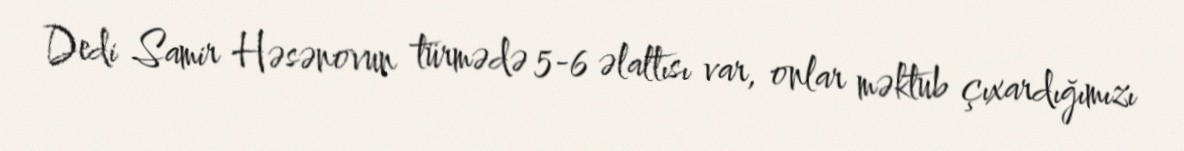
Dedi Samir Həsənovun türmədə 5-6 əlaltısı var, onlar məktub çıxardığımızı